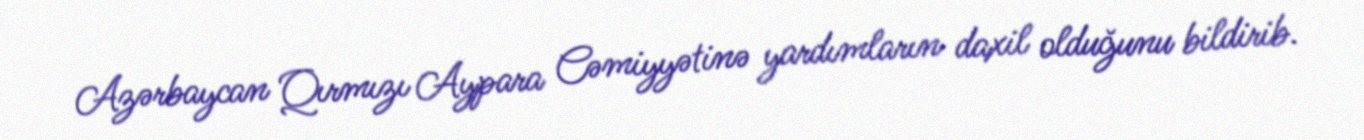
Azərbaycan Qırmızı Aypara Cəmiyyətinə yardımların daxil olduğunu bildirib.